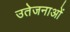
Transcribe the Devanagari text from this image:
उतेजनाओं